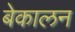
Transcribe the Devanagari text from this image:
बेकालन